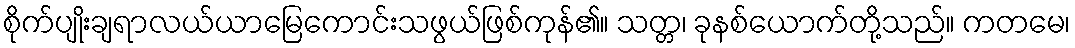
စိုက်ပျိုးချရာလယ်ယာမြေကောင်းသဖွယ်ဖြစ်ကုန်၏။ သတ္တ၊ ခုနစ်ယောက်တို့သည်။ ကတမေ၊